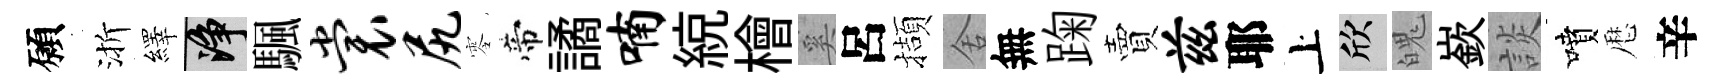
願渐繹净颿裳尻零帝譎喃綂檜奚呂擷舍無踘賣兹耶上欣魄嶔談噴厯辛